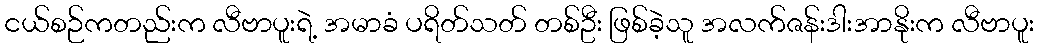
ငယ်စဉ်ကတည်းက လီဗာပူးရဲ့ အမာခံ ပရိတ်သတ် တစ်ဦး ဖြစ်ခဲ့သူ အလက်ဇန်းဒါးအာနိုးက လီဗာပူး